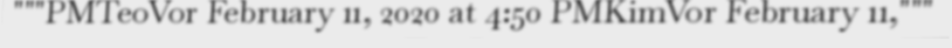
"""PMTeoVor February 11, 2020 at 4:50 PMKimVor February 11,"""